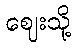
ဈေးသို့